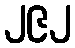
၂၉၂